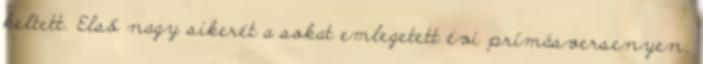
keltett. Első nagy sikerét a sokat emlegetett évi prímásversenyen,